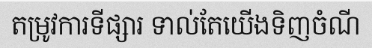
តម្រូវការទីផ្សារ ទាល់តែយើងទិញចំណី